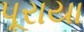
પૂરાયા